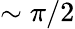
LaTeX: \sim\pi/2